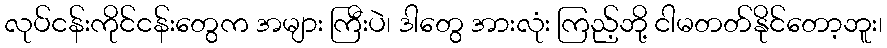
လုပ်ငန်းကိုင်ငန်းတွေက အများ ကြီးပဲ၊ ဒါတွေ အားလုံး ကြည့်ဘို့ ငါမတတ်နိုင်တော့ဘူး၊